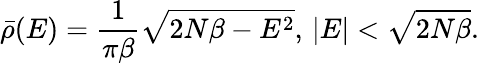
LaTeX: \bar{\rho}(E)=\frac{1}{\pi\beta}\sqrt{2N\beta-E^{2}},\, \lvert E\rvert<\sqrt{2N\beta}.